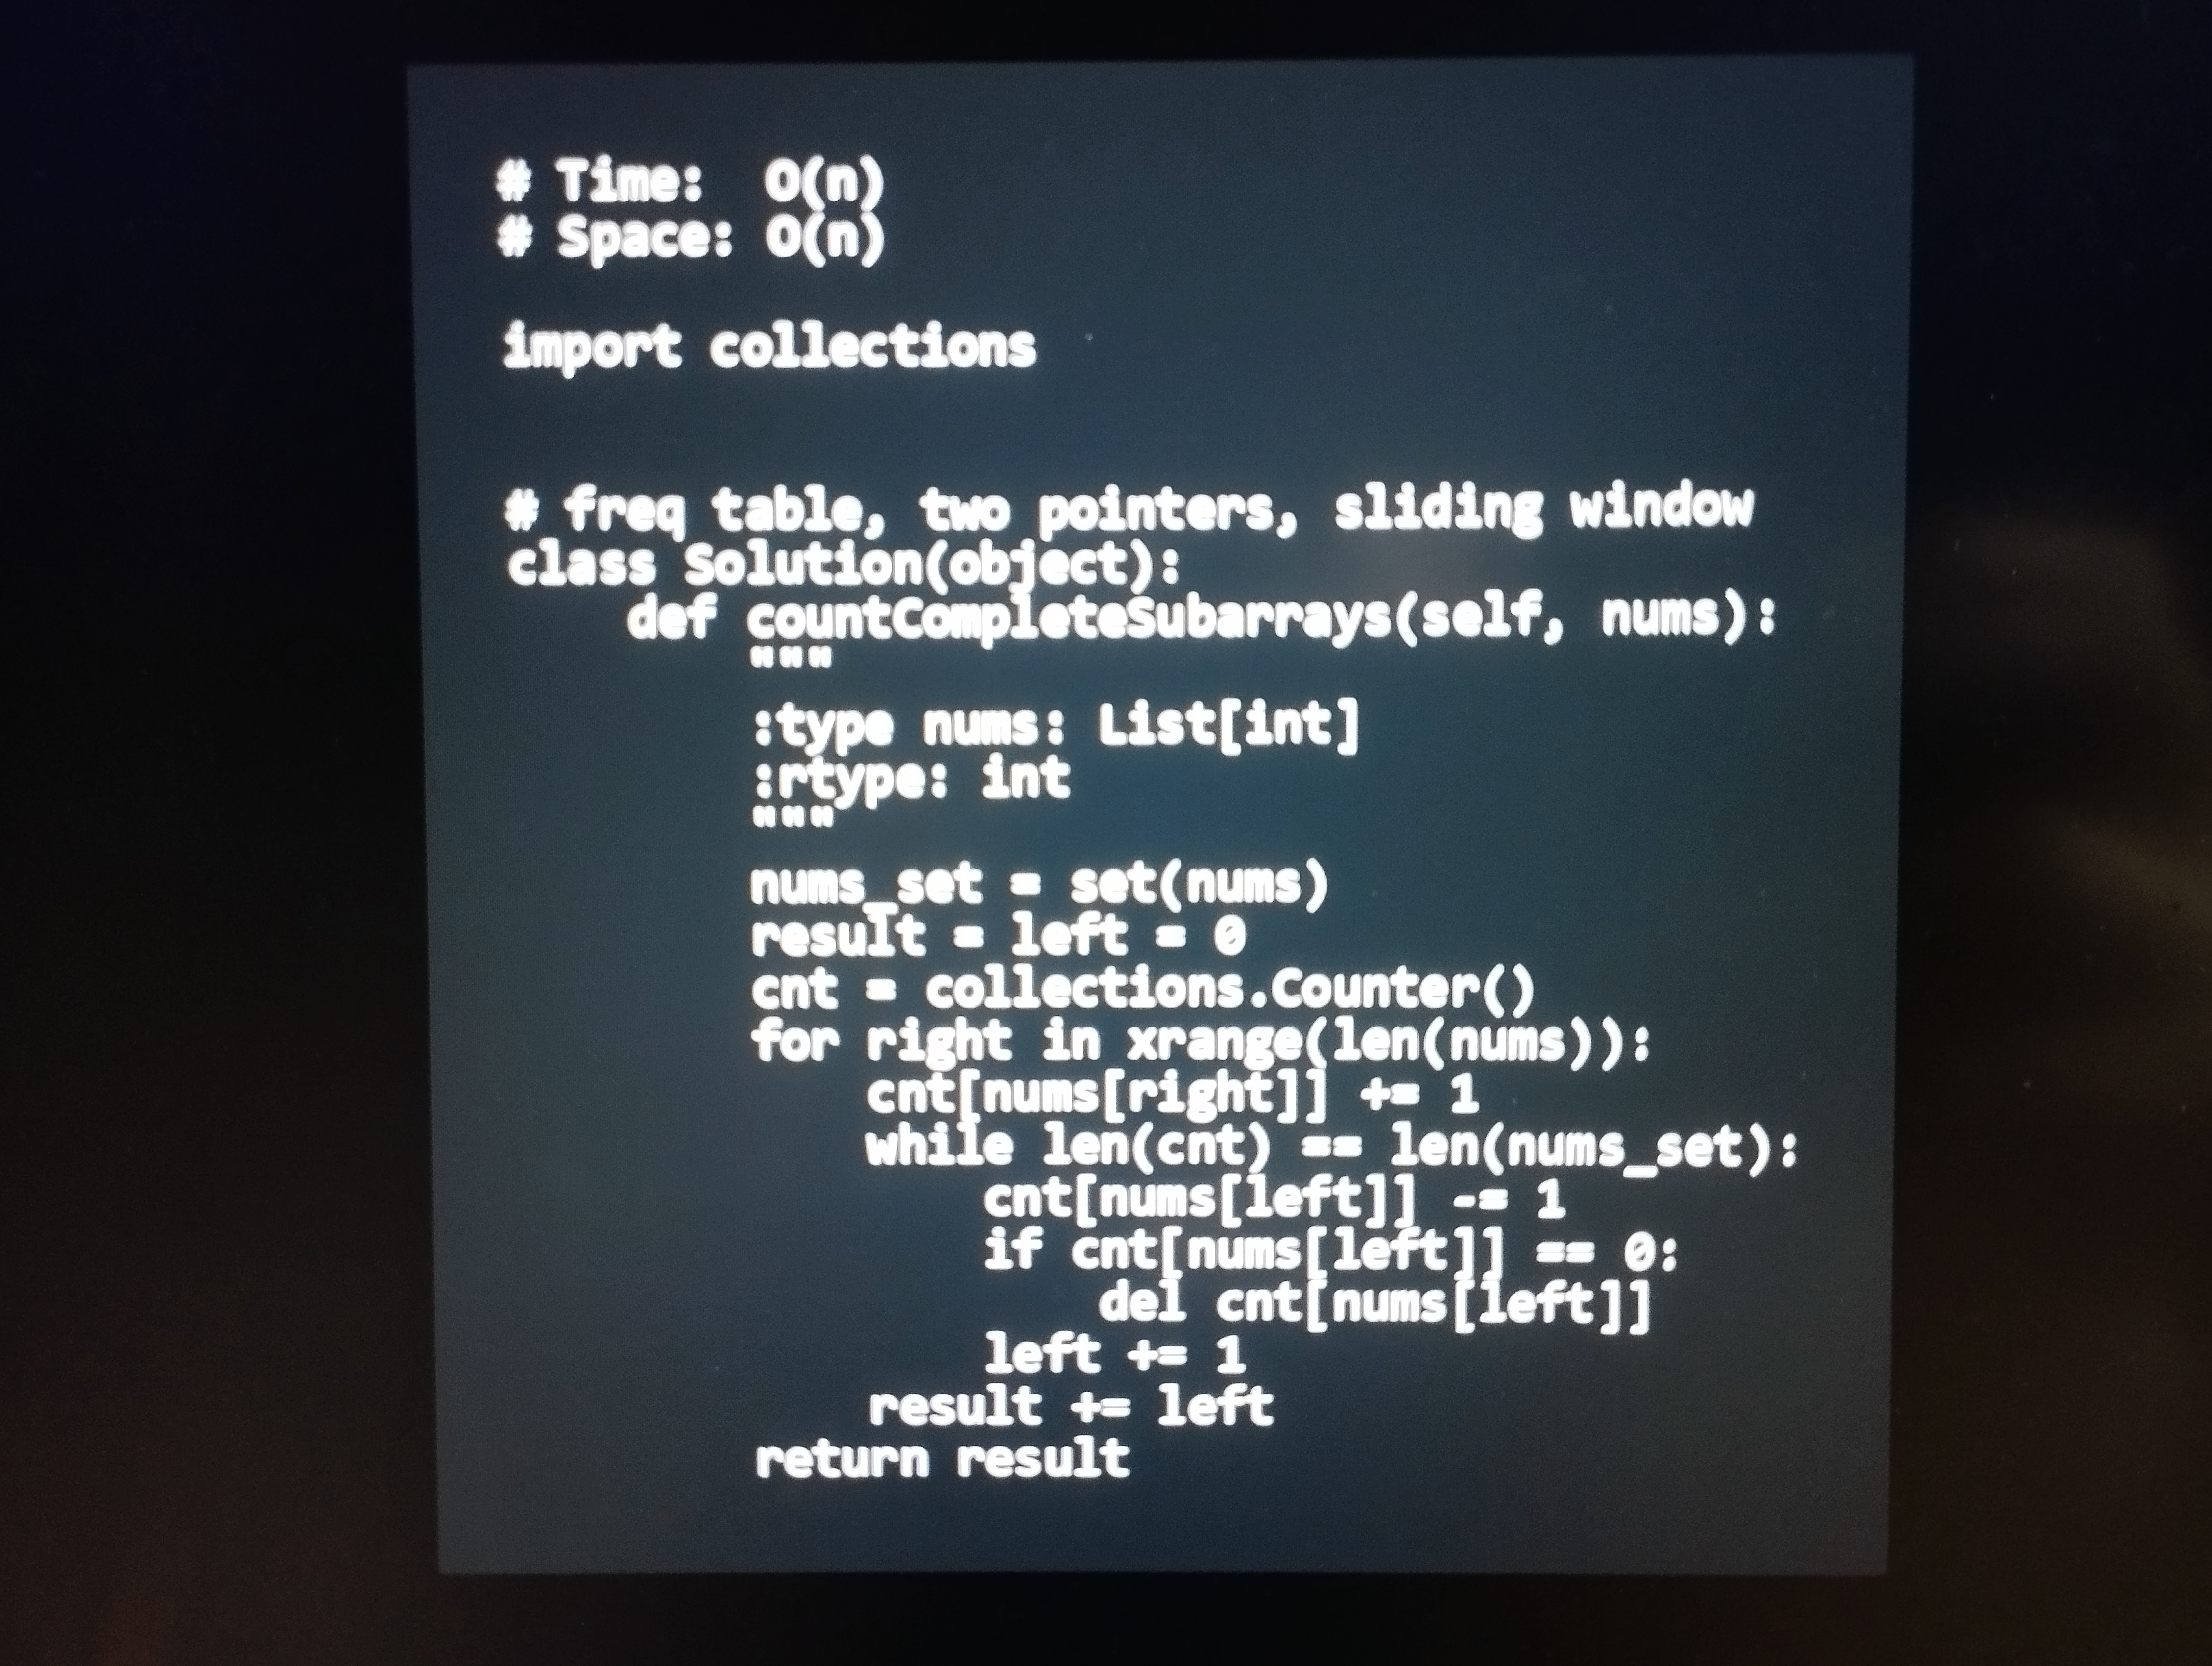
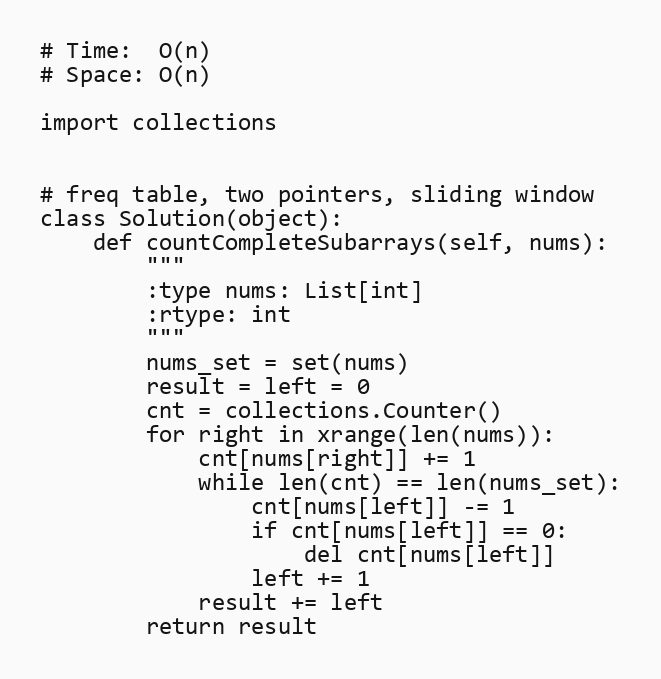
# Time:  O(n)
# Space: O(n)

import collections

# freq table, two pointers, sliding window
class Solution(object):
    def countCompleteSubarrays(self, nums):
        """
        :type nums: List[int]
        :rtype: int
        """
        nums_set = set(nums)
        result = left = 0
        cnt = collections.Counter()
        for right in xrange(len(nums)):
            cnt[nums[right]] += 1
            while len(cnt) == len(nums_set):
                cnt[nums[left]] -= 1
                if cnt[nums[left]] == 0:
                    del cnt[nums[left]]
                left += 1
            result += left
        return result